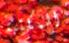
المكتبة